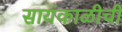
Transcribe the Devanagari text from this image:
सायंकाळीची